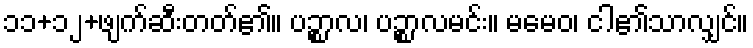
၁၁+၁၂+ဖျက်ဆီးတတ်၏။ ပဉ္စာလ၊ ပဉ္စာလမင်း။ မမေဝ၊ ငါ၏သာလျှင်။